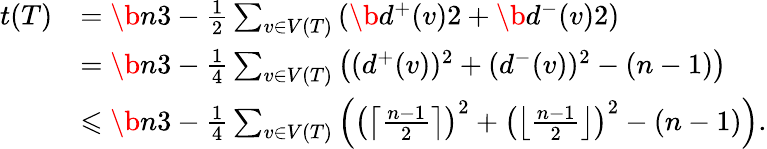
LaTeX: \begin{array}{rl}{t(T)}&{=\b{n}{3}-\frac{1}{2}\sum_{v\in V(T)}\left(\b{d^{+}(v)}{2}+\b{d^{-}(v)}{2}\right)}\\ &{=\b{n}{3}-\frac{1}{4}\sum_{v\in V(T)}\left((d^{+}(v))^{2}+(d^{-}(v))^{2}-(n-1)\right)}\\ &{\leqslant\b{n}{3}-\frac{1}{4}\sum_{v\in V(T)}\left(\left(\left\lceil\frac{n-1}{2}\right\rceil\right)^{2}+\left(\left\lfloor\frac{n-1}{2}\right\rfloor\right)^{2}-(n-1)\right).}\end{array}